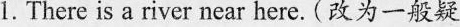
1.There is a river near here.(改为一般疑